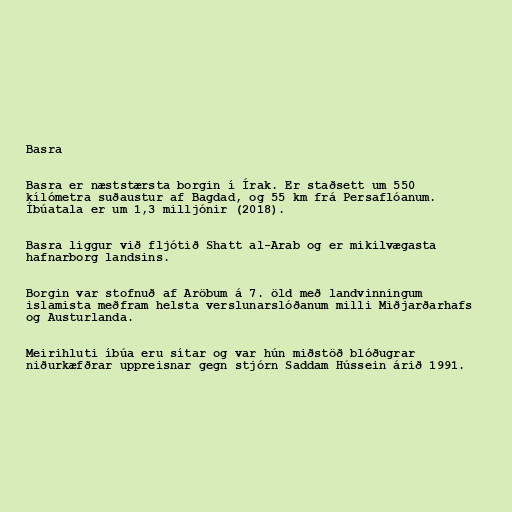
Basra

Basra er næststærsta borgin í Írak. Er staðsett um 550
kílómetra suðaustur af Bagdad, og 55 km frá Persaflóanum.
Íbúatala er um 1,3 milljónir (2018).

Basra liggur við fljótið Shatt al-Arab og er mikilvægasta
hafnarborg landsins.

Borgin var stofnuð af Aröbum á 7. öld með landvinningum
islamista meðfram helsta verslunarslóðanum milli Miðjarðarhafs
og Austurlanda.

Meirihluti íbúa eru sítar og var hún miðstöð blóðugrar
niðurkæfðrar uppreisnar gegn stjórn Saddam Hússein árið 1991.